Tezpur Lunatic Asylum reports 1895-1904 - 1895-1904
Year: 1895
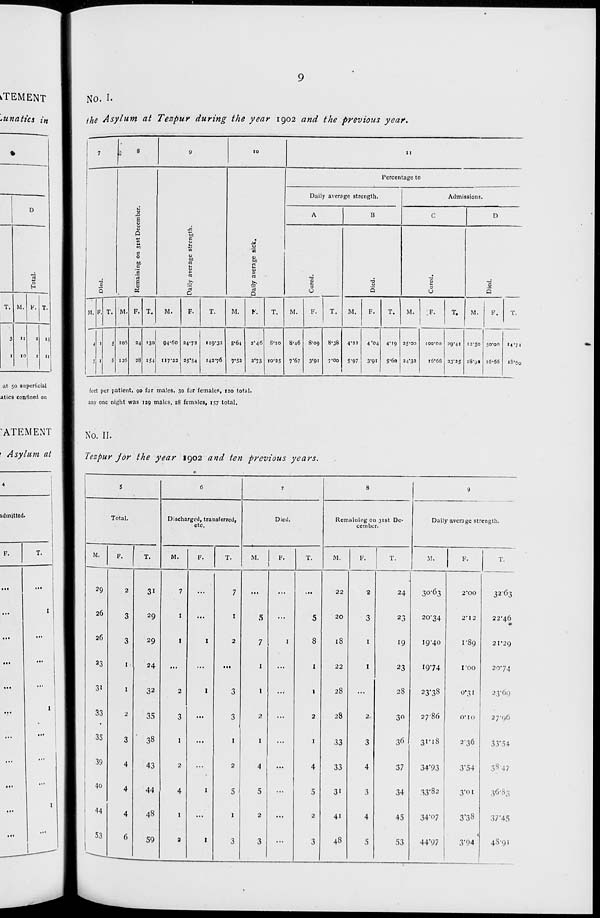
iTEMENT
No. I.
•unatics in
I
the Asylum at Tezpur during the year 1902 and the previous year.
3
0
T. M. V. T.
3
1
11
10
2
1
13
11
at 50 superficial
atics confined on
7
1
8
9
10
n
•
Percentage to
Daily average strength.
Admissions.
A
B
c
D
&
V
J3
Q
to
c
-
0
M
0
c
0
SO
id
t)
c
c
t»
rt
rt
rt
■o
■a
•3
O
E
~
>»
s 3
•a
"
■a
V
Q
K
rt
O
O
0
a
U
a
M. !'. T. M. F. T.
M.
F.
T.
M.
V.
T.
M.
F.
T.
M.
F.
T.
M.
;F.
T.
M.
F.
T.
4 .
5 105 24 130 94-60 24-72 119-32 5*64 2*46 8-io 8-46 8-09 8-38 4-22 4'°4 4'19 25-00 IOO-OO 29-41 12-50 50-00 »4-7i
7 1
8 126 28 I$4 II7'22 25*54 142-76 7*52 2*73 10-23 7*67 3'9i 7-00 5-97 3-91 S-6o 24'32
16*66 33'2S l8*9» 16-66
«S'6o
feet per patient, go for males, 30 for female?, 120 total,
any one night was 129 males, 28 females, 157 total.
'ATEMENT
i Asylum at
admitted.
No. II.
Tezpur jor the year 1902 and ten previous years.
5
6
7
8
9
Total.
Discharged, transferred,
etc.
Died.
Rem aining on 31st De-
cember.
Daily average stt ength.
M.
F.
T.
M.
F.
T.
M.
F.
T.
M.
, 1 ,.
1
i
M.
F.
T.
2 9
2
3i
7
...
7
...
...
...
22
•2
24
30-63
2'00
32'63
26
3
29
I
...
I
5
...
5
20
3
23
20-34
2" I 2
22-46
*
26
3
29
1
I
2
7
I
8
iS
1
19
19-40
1-89
21*29
23
I
24
...
...
...
1
...
1
22
1
23
1974
I OO
20-74
31
I
32
2
I
3
1
...
1
28
...
28
23'3 8
0*31
23*69
33
2
35
3
...
3
2
...
2
28
2
3°
2786
O'lO
27-96
35
3
38
1
...
1
1
...
1
33
3
36
31-18
236
33-54
39
4
43
2
...
2
4
...
4
33
4
37
34'93
3'54
3847
4o
4
44
4
I
5
5
...
5
3'
3
34
33*82
3-01
36*83
' 44
4
48
1
...
1
2
...
2
4i
4
45
34'o7
3'38
37-45
53
6
59
2
I
3
3
...
3
48
5
53
44*97
<
3*94
48*91